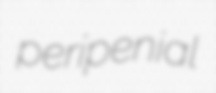
peripenial